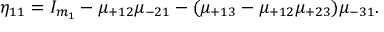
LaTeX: \eta _ { 1 1 } = I _ { m _ { 1 } } - \mu _ { + 1 2 } \mu _ { - 2 1 } - ( \mu _ { + 1 3 } - \mu _ { + 1 2 } \mu _ { + 2 3 } ) \mu _ { - 3 1 } .